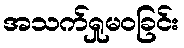
အသက်ရှုမဝခြင်း